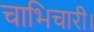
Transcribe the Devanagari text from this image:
चाभिचारी।